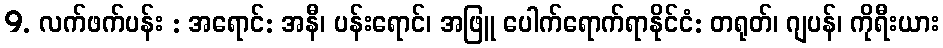
9. လက်ဖက်ပန်း : အရောင်: အနီ၊ ပန်းရောင်၊ အဖြူ ပေါက်ရောက်ရာနိုင်ငံ: တရုတ်၊ ဂျပန်၊ ကိုရီးယား